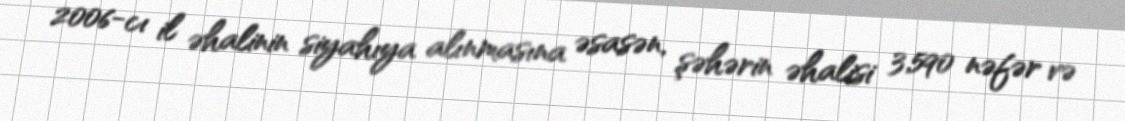
2006-cı il əhalinin siyahıya alınmasına əsasən, şəhərin əhalisi 3,590 nəfər və